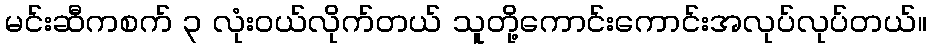
မင်းဆီကစက် ၃ လုံးဝယ်လိုက်တယ် သူတို့ကောင်းကောင်းအလုပ်လုပ်တယ်။